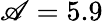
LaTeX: \mathscr{A}=5.9